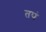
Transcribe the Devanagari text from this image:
तपं